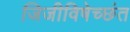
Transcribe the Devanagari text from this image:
जिजीविषेच्छंत